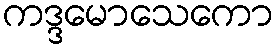
ကဒ္ဒမောသေကော